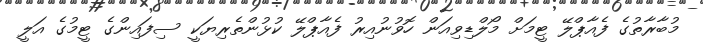
މުބާރާތުގެ ފެއާޕްލޭ ޓީމަށް މޯލްޑިވިއަން ހޮވުނުއިރު ފެއާޕްލޭ ކުޅުންތެރިޔަކީ ސިފައިންގެ ޓީމުގެ އަލީ